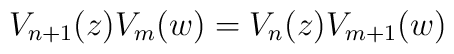
V_{n+1}(z)V_m(w)= V_{n}(z)V_{m+1}(w)